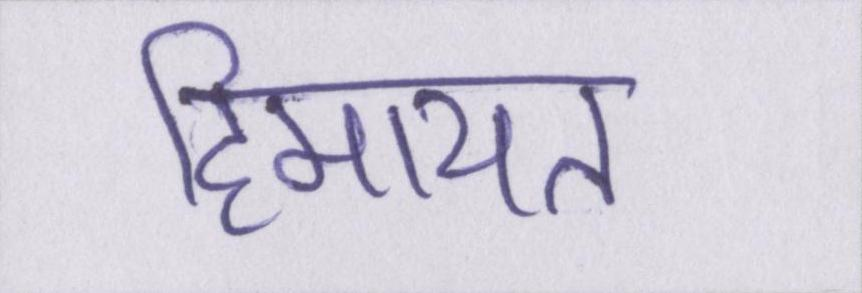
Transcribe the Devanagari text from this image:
हिमायत